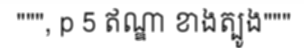
""", p 5 ឥណ្ឌា ខាងត្បូង"""